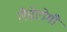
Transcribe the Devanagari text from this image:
लैप्रोटोमी